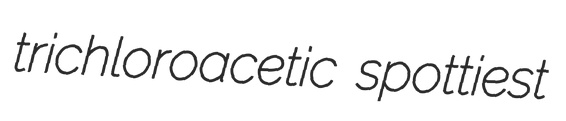
trichloroacetic spottiest